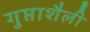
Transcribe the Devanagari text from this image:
गुप्ताशैली